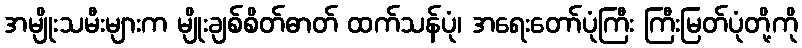
အမျိုးသမီးများက မျိုးချစ်စိတ်ဓာတ် ထက်သန်ပုံ၊ အရေးတော်ပုံကြီး ကြီးမြတ်ပုံတို့ကို